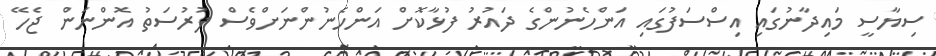
ސިޔާސީ މައިދާނުގައި އިސްސަފުގައި އަންހެނުންގެ ދައުރު ފުޅާކޮށް އަންހެނުންނަށްވެސް ފުރުސަތު އޮންނަން ޖެހޭ